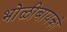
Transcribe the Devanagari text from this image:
भोळीबायको